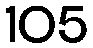
105